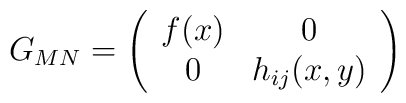
G_{MN}=\left( \begin{array}{cc}f(x)& 0 \\ 0& h_{ij}(x,y)\end{array}\right)